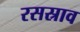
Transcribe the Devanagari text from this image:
रसस्राव